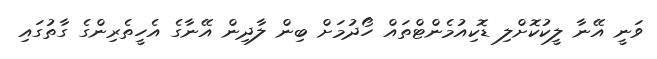
ވަނީ އޭނާ ލީކުކޮށްލި ޑޮކިއުމެންޓްތައް ހޯދުމަށް ބިން ލާދިން އޭނާގެ އެހީތެރިންގެ ގާތުގައި